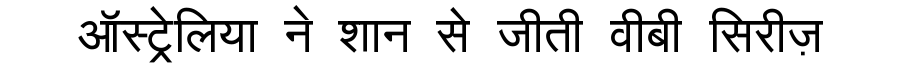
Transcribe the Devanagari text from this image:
ऑस्ट्रेलिया ने शान से जीती वीबी सिरीज़